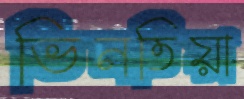
ভিনতিয়া